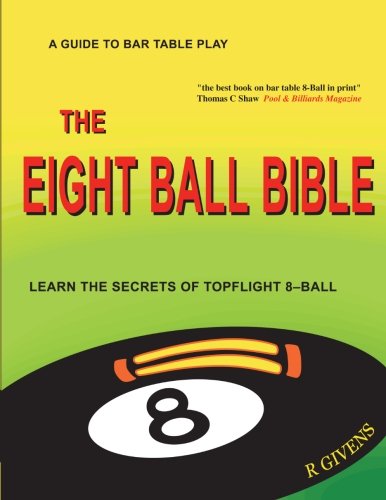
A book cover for The Eight Ball Bible; R Givens; Sports & Outdoors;